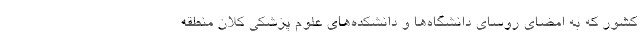
کشور که به امضای روسای دانشگاه‌ها و دانشکده‌های علوم پزشکی کلان منطقه